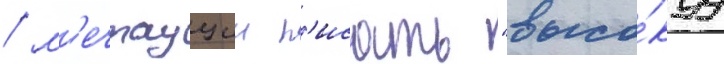
/ м'ечтаущии п'исать "высо́куу